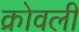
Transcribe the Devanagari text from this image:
क्रोवली